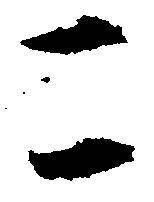
こ